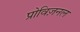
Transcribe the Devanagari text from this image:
प्रोविज़नल